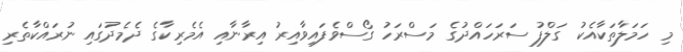
މި ހަމަލާތަކާއެކު ގަލްފު ސަރަހައްދުގެ މަސްރަހު ގޯސްވެފައިވާއިރު އިރާނާއި އެމެރިކާގެ ދެމެދުގައި ނުރައްކާތެރި